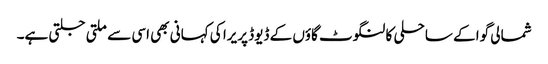
شمالی گوا کے ساحلی کالنگوٹ گاؤں کے ڈیوڈ پریرا کی کہانی بھی اسی سے ملتی جلتی ہے۔